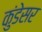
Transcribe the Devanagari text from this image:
कुंडेसर